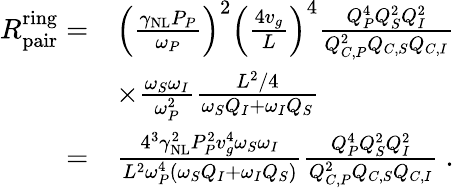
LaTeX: \begin{array}{rl}{R_{\mathrm{pair}}^{\mathrm{ring}}=}&{\left(\frac{\gamma_{\mathrm{NL}}P_{P}}{\omega_{P}}\right)^{2}\left(\frac{4v_{g}}{L}\right)^{4}\frac{Q_{P}^{4}Q_{S}^{2}Q_{I}^{2}}{Q_{C,P}^{2}Q_{C,S}Q_{C,I}}}\\ &{\times\frac{\omega_{S}\omega_{I}}{\omega_{P}^{2}}\frac{L^{2}/4}{\omega_{S}Q_{I}+\omega_{I}Q_{S}}}\\ {=}&{\frac{4^{3}\gamma_{\mathrm{NL}}^{2}P_{P}^{2}v_{g}^{4}\omega_{S}\omega_{I}}{L^{2}\omega_{P}^{4}\left(\omega_{S}Q_{I}+\omega_{I}Q_{S}\right)}\frac{Q_{P}^{4}Q_{S}^{2}Q_{I}^{2}}{Q_{C,P}^{2}Q_{C,S}Q_{C,I}}\ .}\end{array}